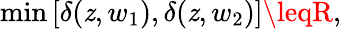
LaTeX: \operatorname*{min}\left[\delta(\mathit{z},w_{1}),\delta(\mathit{z},w_{2})\right]\leqR,